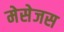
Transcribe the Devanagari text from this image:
मेसेजस